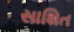
સાશિત